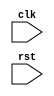
module bus_controller(
    input wire clk,
    input wire rst,
    // Add any other inputs and outputs as needed
    
    // Add module instantiation for timing control and synchronization blocks here
    
    // Add logic for handling communication between processor core and external devices
    
    // Add pipelining and buffering techniques to optimize bus operation
    
    // Add logic for managing data transfers between processor and memory
    
    // Add any other necessary components for maximizing bus performance and maintaining reliable timing
    
);
    // Add code here
    
endmodule